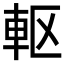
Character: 𮝀